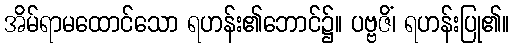
အိမ်ရာမထောင်သော ရဟန်း၏ဘောင်၌။ ပဗ္ဗဇိံ၊ ရဟန်းပြု၏။